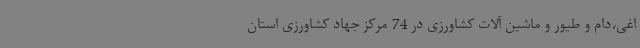
اغی،دام و طیور و ماشین آلات کشاورزی در 74 مرکز جهاد کشاورزی استان